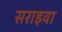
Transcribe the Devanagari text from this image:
सराइवा